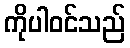
ကိုပါဝင်သည်